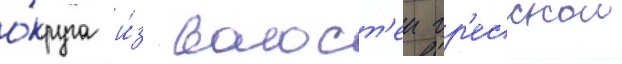
о́круга и́з волост'еи гр'есскои